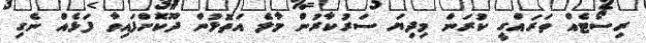
ރިސޯޓެއް ތަރައްގީ ކުރަން މިދިޔަ ސަރުކާރުން މާލެ އަތޮޅުން ދޫކޮށްފައިވާ ފަޅެއް ނެގި